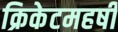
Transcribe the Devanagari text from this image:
क्रिकेटमहर्षी